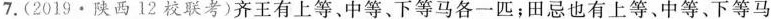
7.（2019·陕西12校联考）齐王有上等、中等、下等马各一匹；田忌也有上等、中等、下等马